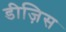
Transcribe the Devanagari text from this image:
डीज़िस